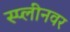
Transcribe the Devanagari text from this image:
स्प्लीनवर